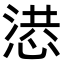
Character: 𢝳